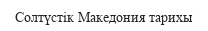
Солтүстік Македония тарихы